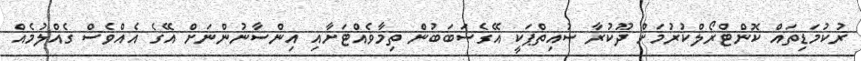
ރުކުމަޑިތައް ކޮންޓްރޯލްކުރުމަށް ދޫކުރާ ސުއިތްޕަކީ އޭގެސަބަބުން ތިމާވެއްޓަށާއި އިންސާނުންނަށް އޭގެ އެއްވެސް ގެއްލުމެއް